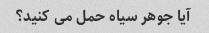
آیا جوهر سیاه حمل می کنید؟